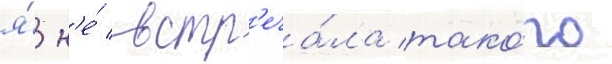
я́ н'е́ встр'еча́ла тако́го